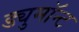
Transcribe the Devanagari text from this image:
ड्युमाॅन्ट